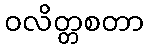
ဝလိတ္တစတာ